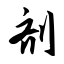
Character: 剂